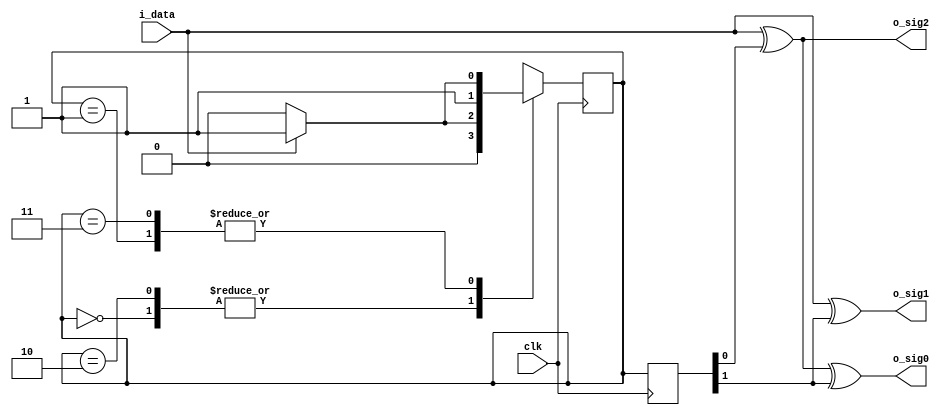
`timescale 1ns / 1ps
//////////////////////////////////////////////////////////////////////////////////
// Company: 
// Engineer: 
// 
// Design Name: 
// Module Name: convolutional_generator
// Project Name: 
// Target Devices: 
// Tool Versions: 
// Description: 
// 
// Dependencies: 
// 
// Revision:
// Revision 0.01 - File Created
// Additional Comments:
// 
//////////////////////////////////////////////////////////////////////////////////


module convolutional_generator(
        input clk,
        input i_data,
        output o_sig0,
        output o_sig1,
        output o_sig2
    );
    
    reg[1:0] state;
    reg[1:0] past_state;
    
    parameter initial_state = 2'b00;
    parameter A = 2'b01;
    parameter B = 2'b10;
    parameter C = 2'b11;
    
    initial
    begin
        state <= initial_state;
    end
    //output   state 
    assign o_sig0 = i_data ^ past_state[0] ^ past_state[1];
    assign o_sig1 = i_data ^ past_state[1];
    assign o_sig2 = i_data ^ past_state[0];
    
    always@(posedge clk)
    begin
        past_state <= state;
        
        case (state)
            initial_state:
                if(i_data) state <= A;
                else       state <= initial_state;
            A:
                if(i_data) state <= C;
                else       state <= B;
            B: 
                if(i_data) state <= A;
                else       state <= initial_state;
            C:
                if(i_data) state <= C;
                else       state <= B;
            default:
                state <= state;
            endcase      
    end
        
endmodule